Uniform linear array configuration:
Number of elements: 48
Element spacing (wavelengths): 1
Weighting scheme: cosine
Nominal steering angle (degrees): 15
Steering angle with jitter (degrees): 15.315
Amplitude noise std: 0.05
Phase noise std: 0.05

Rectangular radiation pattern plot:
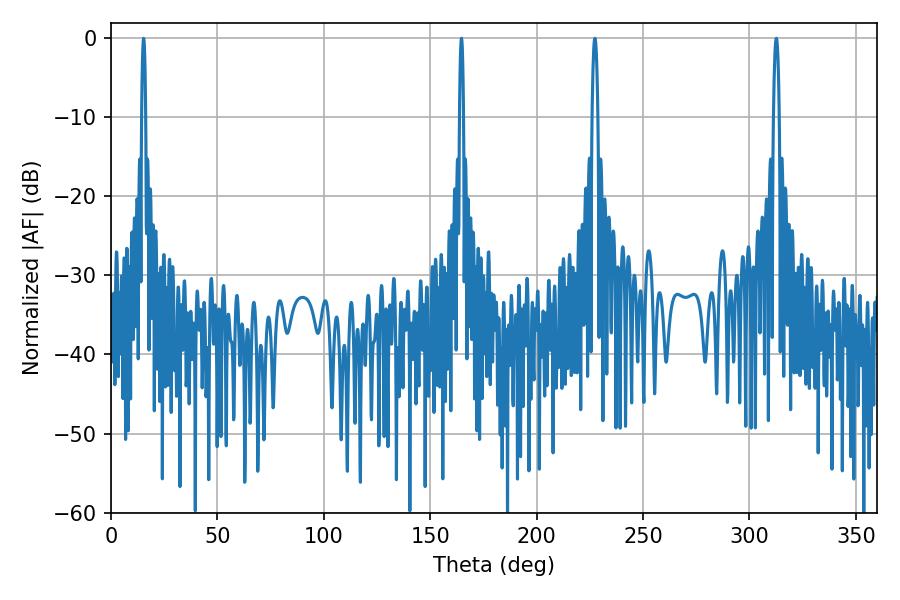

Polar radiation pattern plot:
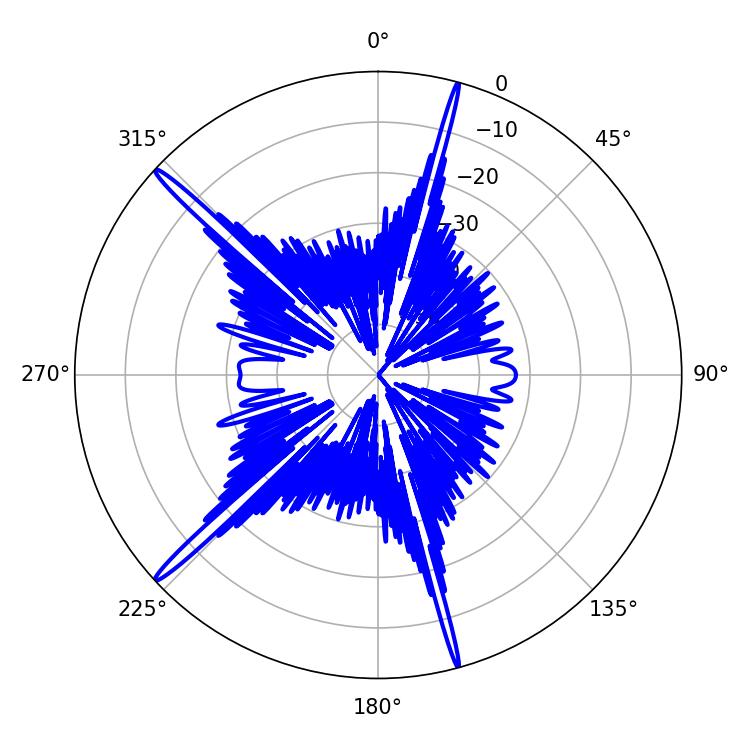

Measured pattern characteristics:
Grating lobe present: TRUE
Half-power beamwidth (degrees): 1.44
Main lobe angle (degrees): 227.34